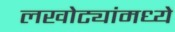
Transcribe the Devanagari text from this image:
लखोट्यांमध्ये